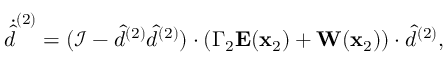
\dot { \hat { d } } ^ { ( 2 ) } = ( \mathcal { I } - \hat { d } ^ { ( 2 ) } \hat { d } ^ { ( 2 ) } ) \cdot ( \Gamma _ { 2 } \mathbf { E } ( \mathbf { x } _ { 2 } ) + \mathbf { W } ( \mathbf { x } _ { 2 } ) ) \cdot \hat { d } ^ { ( 2 ) } ,